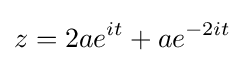
z=2ae^{it}+ae^{-2it}